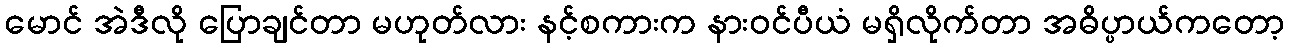
မောင် အဲဒီလို ပြောချင်တာ မဟုတ်လား နင့်စကားက နားဝင်ပီယံ မရှိလိုက်တာ အဓိပ္ပာယ်ကတော့